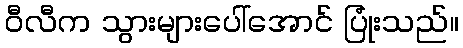
ဝီလီက သွားများပေါ်အောင် ပြုံးသည်။